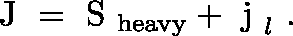
\mathrm { \boldmath ~ J ~ } = \mathrm { \boldmath ~ S ~ } _ { \mathrm { h e a v y } } + \mathrm { \boldmath ~ j ~ } _ { l } \ .